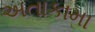
અતાકામા